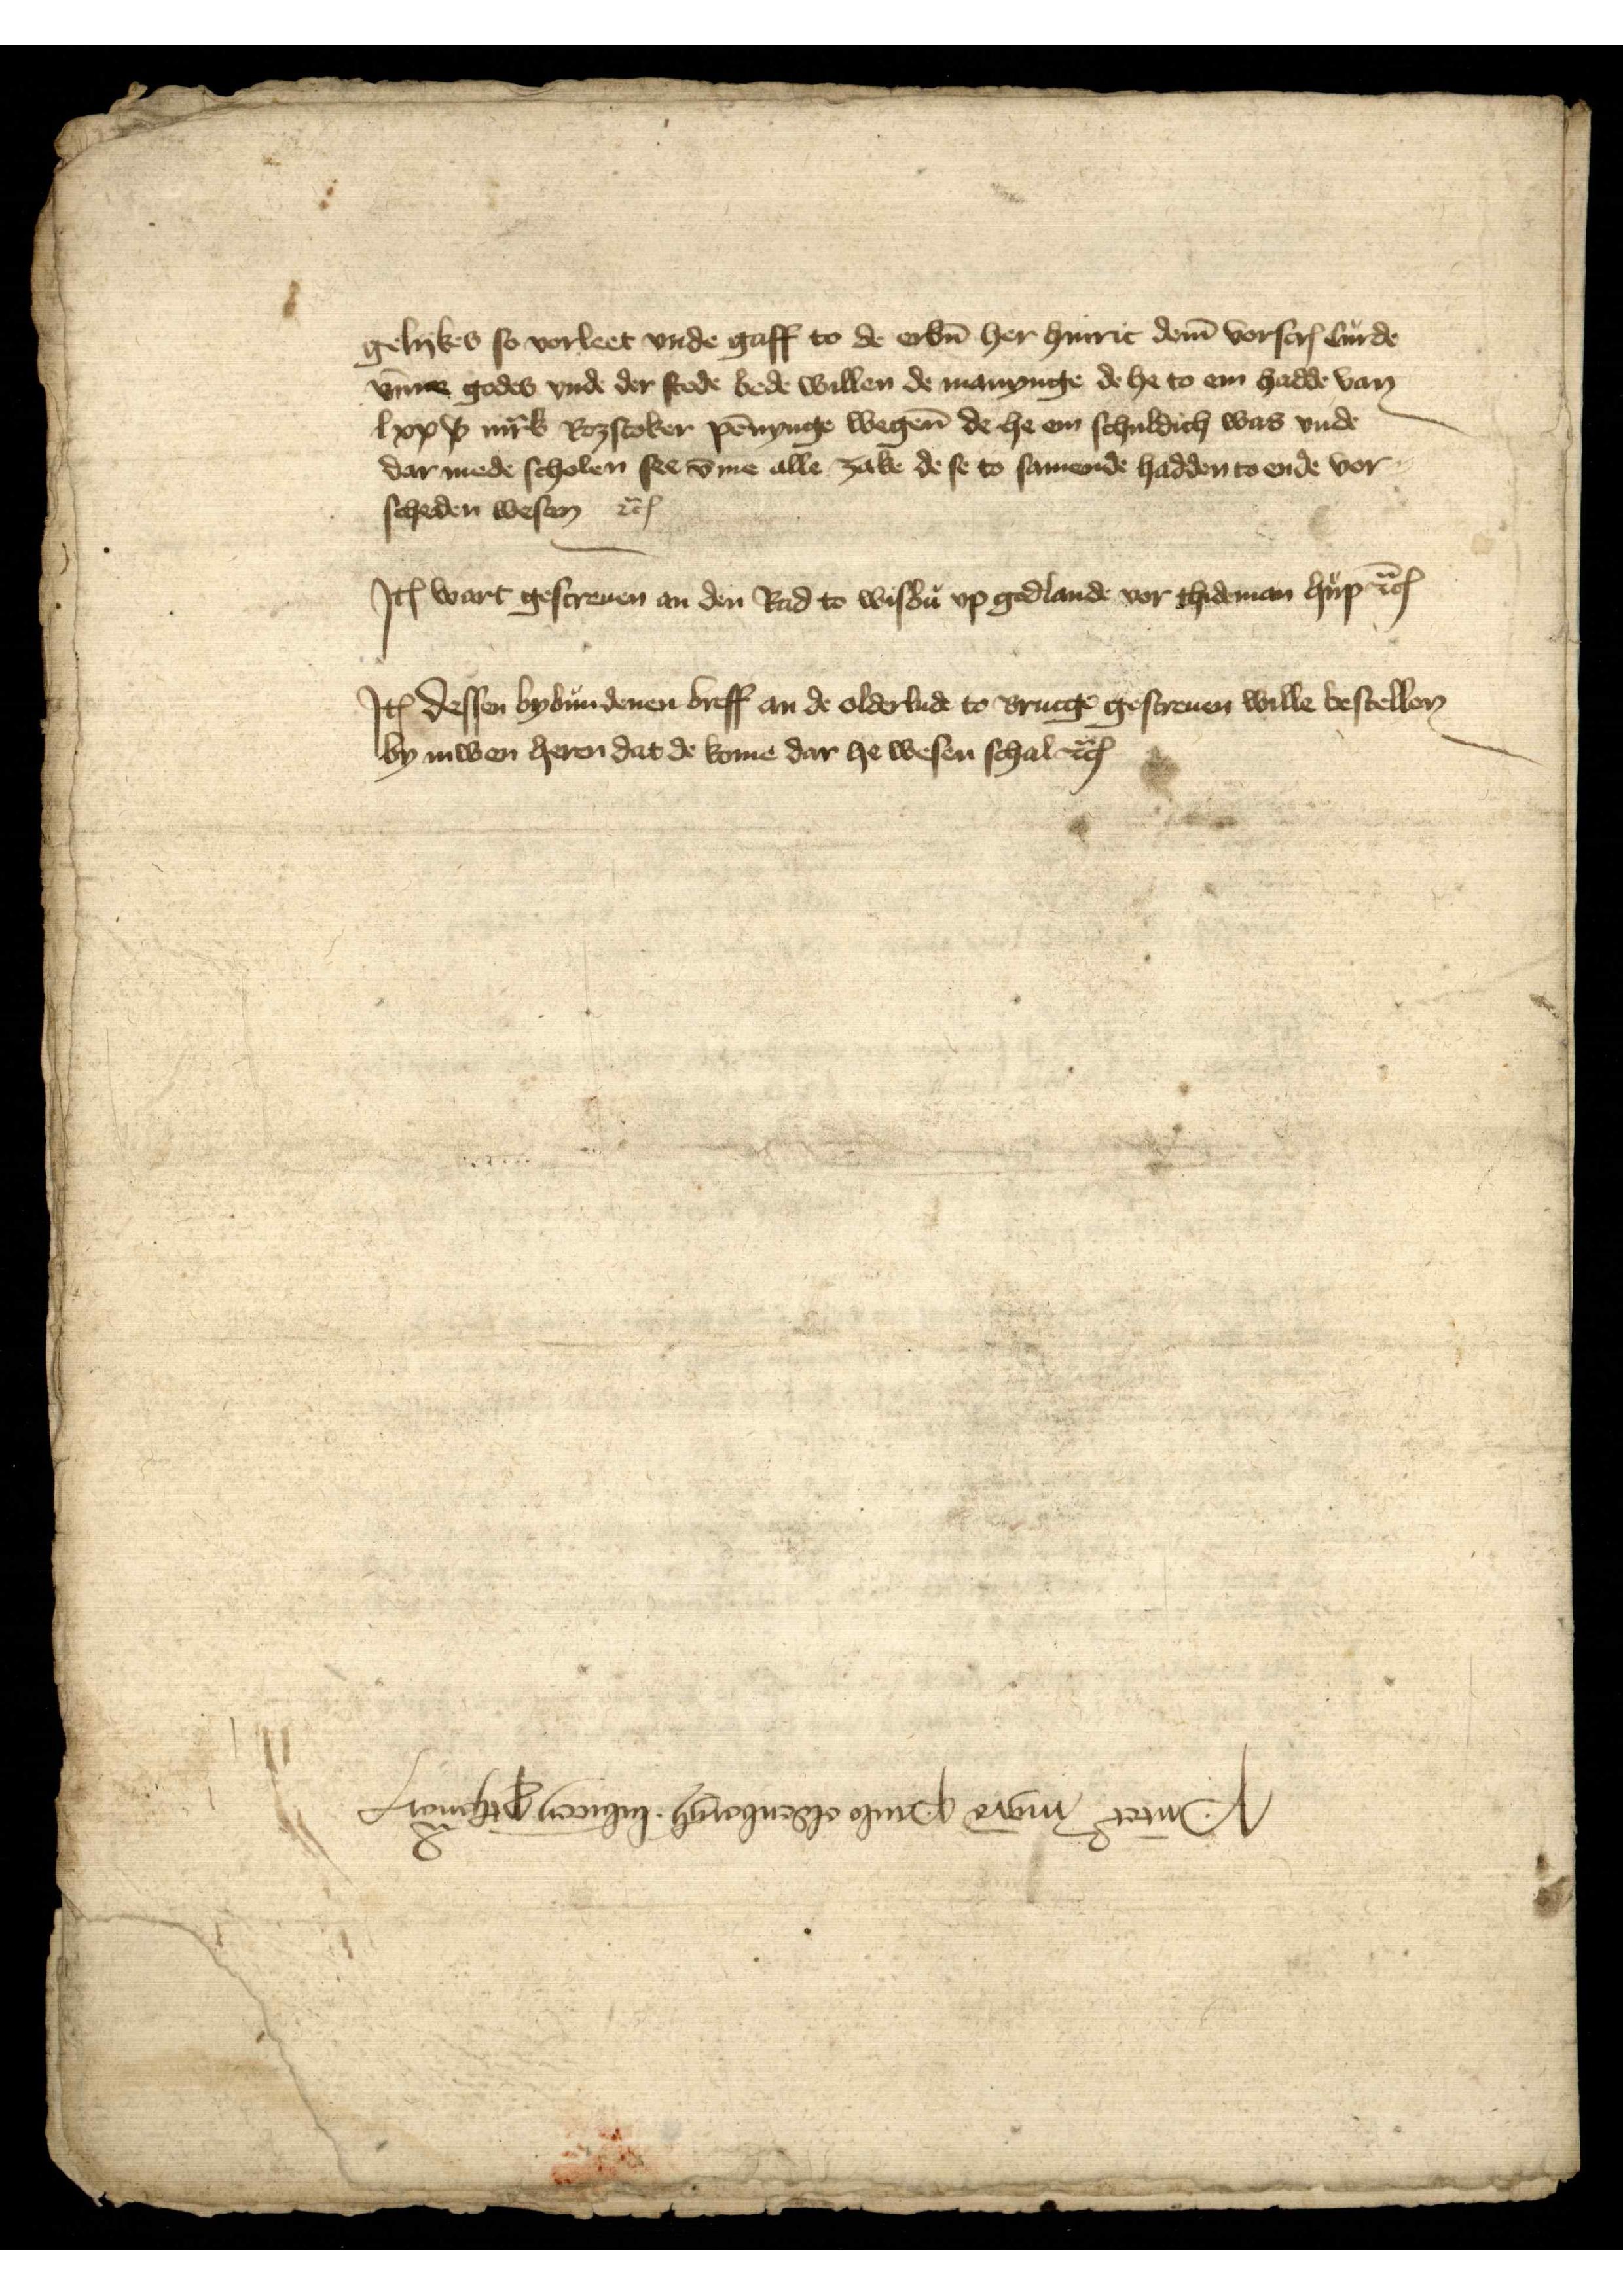
gelykes so vorleet vnde gaff to de erbn̄ her Hinric dem̄ vorscrꝬ Curde
v̄me godes vnde der stede bede willen de mannynge de he to em hadde van
lxxx mͣrk Roztoker pēnynge wegen̄ de he em schuldich was vnde
dar mede scholen se v̄me alle zake de se to samende hadden to ende vor¬
scheden wesen etꝬ

Jꝷ wart gescreuen an den Rad to Wisbu vp godlande vor Thideman Hup etꝬ

Jꝷ dessen bybundenen breff an de olderlude to Brucge gescreuen wille bestellen
by iuwen heren dat de kome dar he wesen schal etꝬ

Pūtet mgra paulo oldenborch lubicen̄ ꝑthemaꝬ